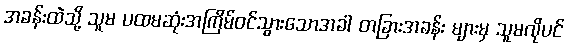
အခန်းထဲသို့ သူမ ပထမဆုံးအကြိမ်ဝင်သွားသောအခါ တခြားအခန်း များမှ သူမလိုပင်